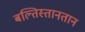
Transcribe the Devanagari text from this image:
बल्तिस्तानतान